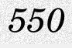
550